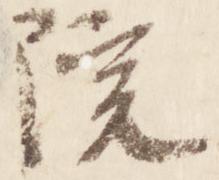
院